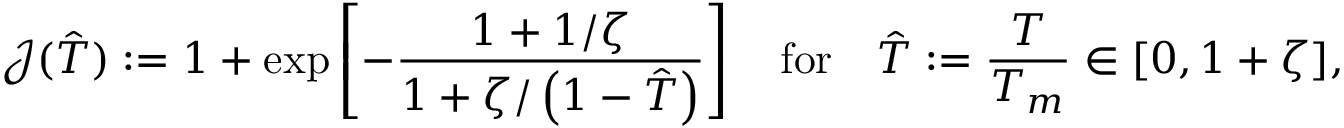
{ \mathcal { J } } ( { \hat { T } } ) : = 1 + \exp \left[ - { \frac { 1 + 1 / \zeta } { 1 + \zeta / \left( 1 - { \hat { T } } \right) } } \right] \quad { \mathrm { f o r } } \quad { \hat { T } } : = { \frac { T } { T _ { m } } } \in [ 0 , 1 + \zeta ] ,